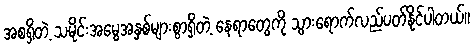
အစရှိတဲ့ သမိုင်းအမွေအနှစ်များစွာရှိတဲ့ နေရာတွေကို သွားရောက်လည်ပတ်နိုင်ပါတယ်။